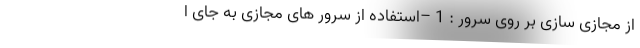
از مجازی سازی بر روی سرور : 1 –استفاده از سرور های مجازی به جای ا